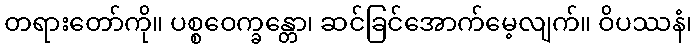
တရားတော်ကို။ ပစ္စဝေက္ခန္တော၊ ဆင်ခြင်အောက်မေ့လျက်။ ဝိပဿနံ၊